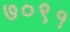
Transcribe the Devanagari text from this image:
७०९१